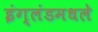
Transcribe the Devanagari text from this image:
इंग्लंडमधले